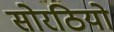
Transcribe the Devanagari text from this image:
सोरठियो